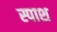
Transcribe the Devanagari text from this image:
स्पाश